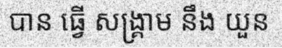
បាន ធ្វើ សង្គ្រាម នឹង យួន